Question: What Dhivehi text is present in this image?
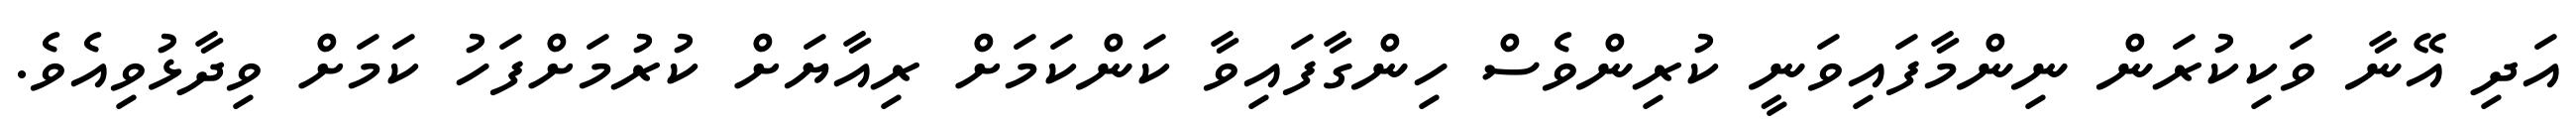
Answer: އަދި އޭނާ ވަކިކުރަން ނިންމާފައިވަނީ ކުރިންވެސް ހިންގާފައިވާ ކަންކަމަށް ރިއާޔަށް ކުރުމަށްފަހު ކަމަށް ވިދާޅުވިއެވެ.